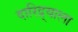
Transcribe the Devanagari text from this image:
दारिद्र्याला